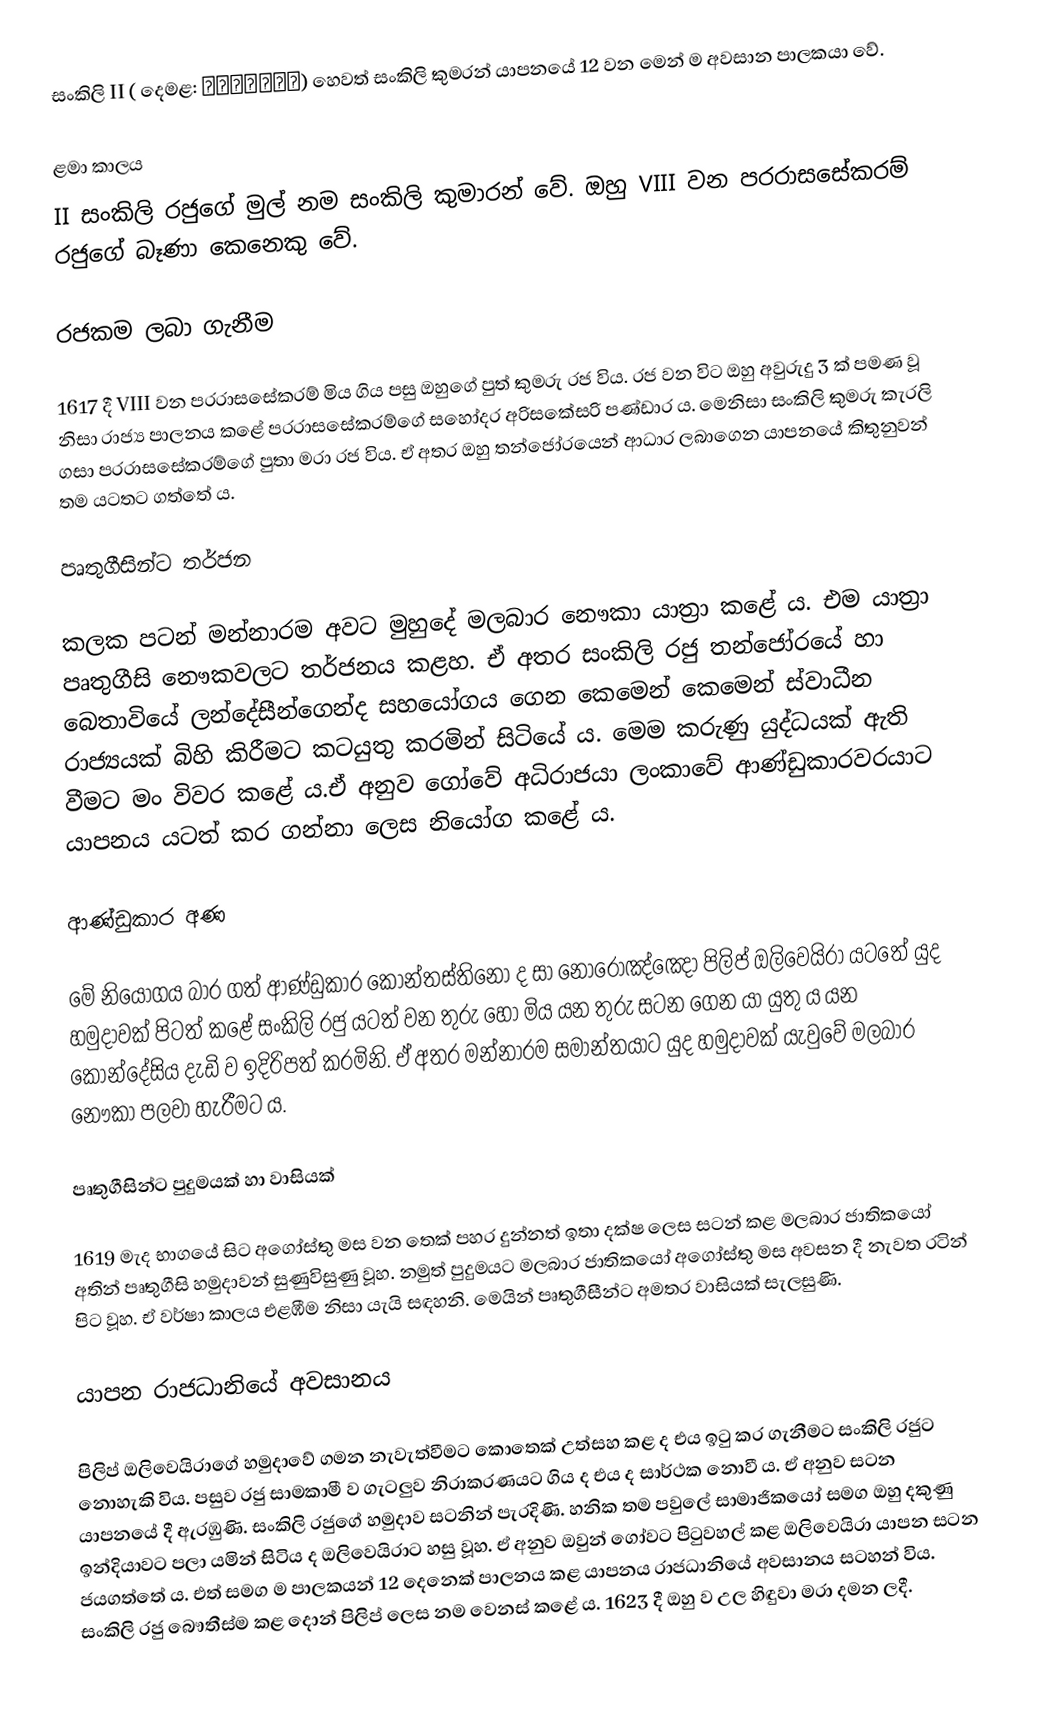
සංකිලි II ( දෙමළ: சங்கிலி) හෙවත් සංකිලි කුමරන් යාපනයේ 12 වන මෙන් ම අවසාන පාලකයා වේ.

ළමා කාලය
II සංකිලි රජුගේ මුල් නම සංකිලි කුමාරන් වේ. ඔහු VIII වන පරරාසසේකරම්  රජුගේ බෑණා කෙනෙකු වේ.

රජකම ලබා ගැනීම

1617 දී VIII වන පරරාසසේකරම් මිය ගිය පසු ඔහුගේ පුත් කුමරු රජ විය. රජ වන විට ඔහු අවුරුදු 3 ක්  පමණ වූ නිසා රාජ්‍ය පාලනය කළේ පරරාසසේකරම්ගේ සහෝදර අරිසකේසරි පණ්ඩාර  ය. මෙනිසා සංකිලි කුමරු කැරලි ගසා පරරාසසේකරම්ගේ පුතා මරා රජ විය. ඒ අතර ඔහු  තන්ජෝරයෙන් ආධාර ලබාගෙන යාපනයේ කිතුනුවන් තම යටතට ගත්තේ ය.

පෘතුගීසින්ට තර්ජන

කලක පටන් මන්නාරම අවට මුහුදේ මලබාර නෞකා යාත්‍රා කළේ ය. එම යාත්‍රා පෘතුගීසි නෞකවලට තර්ජනය කළහ. ඒ අතර සංකිලි රජු තන්ජෝරයේ හා බෙතාවියේ ලන්දේසීන්ගෙන්ද සහයෝගය ගෙන කෙමෙන් කෙමෙන් ස්වාධීන රාජ්‍යයක් බිහි කිරීමට කටයුතු කරමින් සිටියේ ය. මෙම කරුණු යුද්ධයක් ඇති වීමට මං විවර කළේ ය.ඒ අනුව ගෝවේ අධිරාජයා ලංකාවේ ආණ්ඩුකාරවරයාට යාපනය යටත් කර ගන්නා ලෙස නියෝග කළේ ය.

ආණ්ඩුකාර අණ

මේ නියෝගය බාර ගත් ආණ්ඩුකාර කොන්තස්තිනෝ ද සා නොරොඤ්ඤො පිලිප් ඔලිවෙයිරා යටතේ යුද හමුදාවක් පිටත් කළේ සංකිලි රජු යටත් වන තුරු හෝ මිය යන තුරු සටන ගෙන යා යුතු ය යන කොන්දේසිය දැඩි ව ඉදිරිපත් කරමිනි. ඒ අතර මන්නාරම සමාන්තයාට යුද හමුදාවක් යැවුවේ මලබාර නෞකා පලවා හැරීමට ය.

පෘතුගීසින්ට පුදුමයක් හා වාසියක්

1619 මැද භාගයේ සිට  අගෝස්තු මස වන තෙක් පහර දුන්නත් ඉතා දක්ෂ ලෙස සටන් කළ මලබාර ජාතිකයෝ අතින් පෘතුගීසි හමුදාවන් සුණුවිසුණු වූහ. නමුත් පුදුමයට මලබාර ජාතිකයෝ අගෝස්තු මස අවසන දී නැවත රටින් පිට වූහ. ඒ වර්ෂා කාලය එළඹීම නිසා යැයි සඳහනි. මෙයින් පෘතුගීසීන්ට අමතර වාසියක් සැලසුණි.

යාපන රාජධානියේ අවසානය

පිලිප් ඔලිවෙයිරාගේ හමුදාවේ ගමන නැවැත්වීමට කොතෙක් උත්සහ කළ ද එය ඉටු කර ගැනීමට සංකිලි රජුට නොහැකි විය. පසුව රජු සාමකාමී ව ගැටලුව නිරාකරණයට ගිය ද එය ද සාර්ථක නොවී ය. ඒ අනුව සටන යාපනයේ දී ඇරඹුණි. සංකිලි රජුගේ හමුදාව සටනින් පැරදිණි. හනික තම පවුලේ සාමාජිකයෝ සමග ඔහු දකුණු ඉන්දියාවට පලා යමින් සිටිය ද ඔලිවෙයිරාට හසු වූහ. ඒ අනුව ඔවුන් ගෝවට පිටුවහල් කළ ඔලිවෙයිරා යාපන සටන ජයගත්තේ ය. එත් සමග ම පාලකයන් 12 දෙනෙක් පාලනය කළ යාපනය රාජධානියේ අවසානය සටහන් විය. සංකිලි රජු බෞතීස්ම කළ දොන් පිලිප් ලෙස නම වෙනස් කළේ ය. 1623 දී ඔහු ව උල හිඳුවා මරා දමන ලදී.